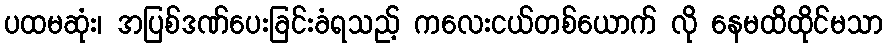
ပထမဆုံး၊ အပြစ်ဒဏ်ပေးခြင်းခံရသည့် ကလေးငယ်တစ်ယောက် လို နေမထိထိုင်မသာ